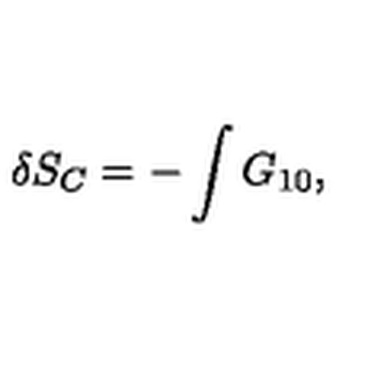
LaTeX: \delta S _ { C } = - \int G _ { 1 0 } ,